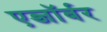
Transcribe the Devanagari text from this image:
एब्जॉर्बर